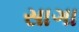
સાગા